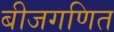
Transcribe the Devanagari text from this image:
बीजगणित